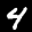
Label: 4